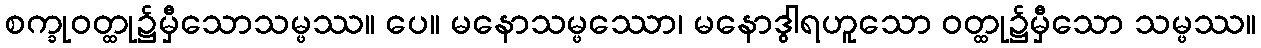
စက္ခုဝတ္ထု၌မှီသောသမ္ဖဿ။ ပေ။ မနောသမ္ဖဿော၊ မနောဒွါရဟူသော ဝတ္ထု၌မှီသော သမ္ဖဿ။